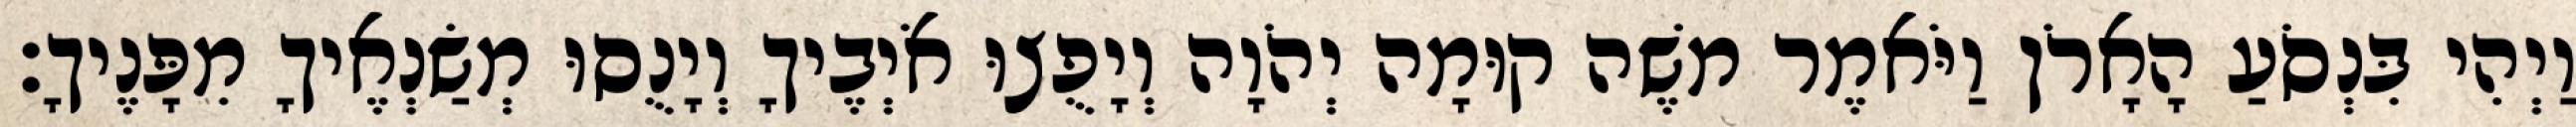
וַיְהִי בִּנְסֹעַ הָאָרֹן וַיֹּאמֶר משֶׁה קוּמָה יְהֹוָה וְיָפֻצוּ אֹיְבֶיךָ וְיָנֻסוּ מְשַׂנְאֶיךָ מִפָּנֶיךָ׃